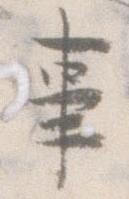
事